Annual report of the Imperial Bacteriologist
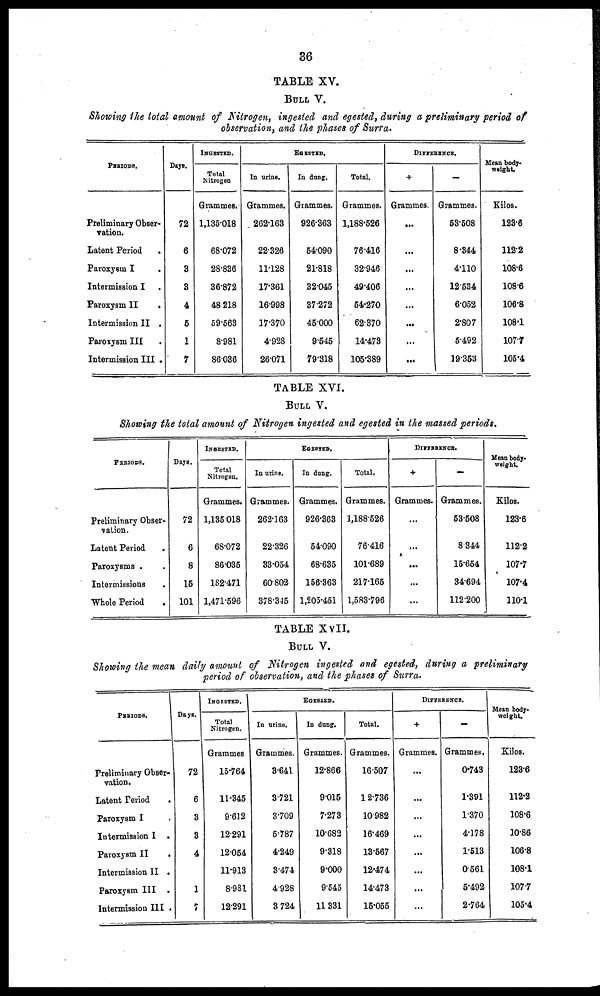
36
TABLE XV.
BULL V.
Showing the total amount of Nitrogen, ingested and egested, during a preliminary period of
observation, and the phases of Surra.
PERIODS.
Preliminary Obser-
vation.
Latent Period
Paroxysm I
.
Intermission I .
Paroxysm II
.
Intermission II .
Paroxysm III .
Intermission III .
Days.
72
6
3
3
4
5
1
7
INGESTED.
Total
Nitrogen
Grammes.
1,135.018
68.072
28.836
36.872
48.218
59.563
8.981
86.036
In urine.
Grammes.
262.163
22.326
11.128
17.361
16.998
17.370
4.928
26.071
EGESTED.
In dung.
Grammes.
926.363
54.090
21.818
32.045
37.272
45.000
9.545
79.318
Total.
Grammes.
1,188.526
76.416
32.946
49.406
54.270
62.370
14.473
105.389
DIFFERENCE.
+
Grammes.
...
...
...
...
...
...
...
...
-
Grammes.
53.508
8.344
4.110
12.534
6.052
2.807
5.492
19.353
Mean body-
weight.
Kilos.
123.6
112.2
108.6
108.6
106.8
108.1
107.7
105.4
TABLE XVI.
BULL V.
Showing the total amount of Nitrogen ingested and egested in the massed periods.
PERIODS.
Preliminary Obser-
vation.
Latent Period
.
Paroxysms .
Intermissions
Whole Period
Days.
72
6
8
15
101
INGESTED.
Total
Nitrogen.
Grammes.
1,135.018
68.072
86.035
182.471
1,471.596
In Urine.
Grammes.
262.163
22.326
33.054
60.802
378.345
EGESTED.
In dang.
Grammes.
926.363
54.090
68.635
156.363
1,205.451
Total.
Grammes.
1,188.526
76.416
101.689
217.165
1,583.796
DIFFERENCE.
+
Grammes.
...
...
...
...
...
—
Grammes.
53.508
8.344
15.654
34.694
112.200
Mean body¬
weight.
Kilos.
123.6
112.2
107.7
107.4
110.1
TABLE XVII.
BULL V.
Showing the mean daily amount of Nitrogen ingested and egested, during a preliminary
period of observation, and the phases of Surra.
PERIODS.
Preliminary Obser-
vation.
Latent Period
.
Paroxysm I
Intermission I .
Paroxysm II
.
Intermission II .
Paroxysm III .
Intermission III .
Days.
72
6
3
3
4
1
7
INGESTED.
Total
Nitrogen.
Grammes
15.764
11.345
9.612
12.291
12.054
11.913
8.981
12.291
In urine.
Grammes.
3.641
3.721
3.709
5.787
4.249
3.474
4.928
3.724
EGESTED.
In dung.
Grammes.
12.866
9.015
7.273
10.682
9.318
9.000
9.545
11.331
Total.
Grammes.
16.507
12.736
10.982
16.469
13.567
12.474
14.473
15.055
DIFFERENCE.
+
Grammes.
...
...
...
...
...
...
...
...
—
Grammes.
0.743
1.391
1.370
4.178
1.513
0.561
5.492
2.764
Mean body
weight.
Kilos.
123.6
112.2
108.6
10.86
106.8
108.1
107.7
105.4